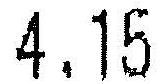
4.15